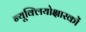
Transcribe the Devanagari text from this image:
न्यूक्लियोक्षारकों